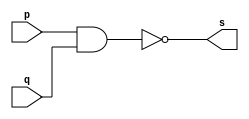
// ------------------------- 
// Exercicio0001 - NAND 
// Nome: Lucas Cardoso 
// -------------------------

// ------------------------- 
// -- nand gate 
// ------------------------- 
module nandgate ( output s, 
input p, 
input q); 
assign s = ~(p & q); 
endmodule // nandgate 

// --------------------- 
// -- test and gate 
// --------------------- 
module testnandgate; 

// ------------------------- dados locais 
reg a, b; // definir registradores 
wire s; // definir conexao (fio) 

// ------------------------- instancia 
nandgate NAND1 (s, a, b); 

// ------------------------- preparacao 
initial begin:start 
// atribuicao simultanea 
// dos valores iniciais 
a=0; b=0; 
end 

// ------------------------- parte principal 
initial begin 
$display("Exercicio0001 - Lucas Cardoso - 441694"); 
$display("Test NAND gate"); 
$display("\na & b = s\n"); 
a=0; b=0; 
#1 $display("%b & %b = %b", a, b, s); 
a=0; b=1; 
#1 $display("%b & %b = %b", a, b, s); 
a=1; b=0; 
#1 $display("%b & %b = %b", a, b, s); 
a=1; b=1; 
#1 $display("%b & %b = %b", a, b, s); 
end 
endmodule // testnandgate